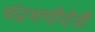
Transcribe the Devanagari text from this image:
चंद्रमणीदेवी